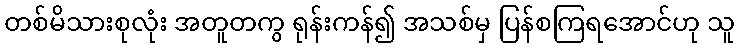
တစ်မိသားစုလုံး အတူတကွ ရုန်းကန်၍ အသစ်မှ ပြန်စကြရအောင်ဟု သူ